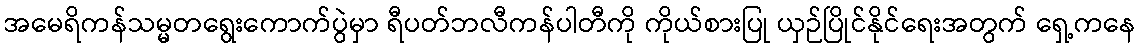
အမေရိကန်သမ္မတရွေးကောက်ပွဲမှာ ရီပတ်ဘလီကန်ပါတီကို ကိုယ်စားပြု ယှဉ်ပြိုင်နိုင်ရေးအတွက် ရှေ့ကနေ